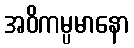
အဝိကမ္ပမာနော